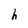
Character: h